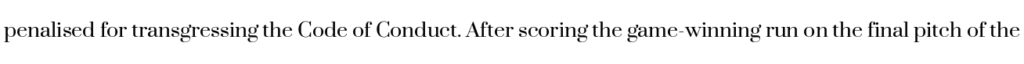
penalised for transgressing the Code of Conduct. After scoring the game-winning run on the final pitch of the